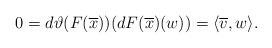
\begin{align*} 0=d\vartheta(F(\overline{x}))(dF(\overline{x})(w))=\langle\overline{v},w\rangle. \end{align*}